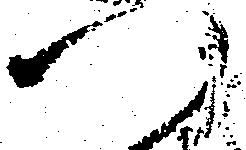
つ